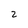
Character: 2